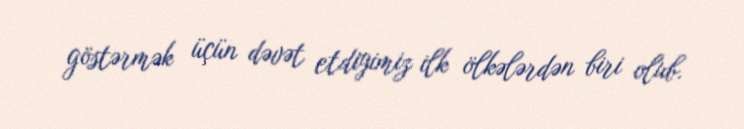
göstərmək üçün dəvət etdiyimiz ilk ölkələrdən biri olub.